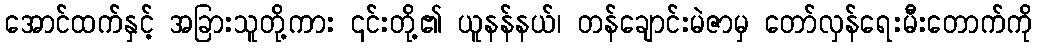
အောင်ထက်နှင့် အခြားသူတို့ကား ၎င်းတို့၏ ယူနန်နယ်၊ တန်ချောင်းမဲဇာမှ တော်လှန်ရေးမီးတောက်ကို